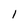
Character: l